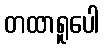
တထာရူပေါ